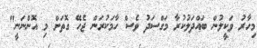
މިހާރު ވަކީލުން ބައްދަލުކުރާ މަގްސަދު ވެސް ހާމަކުރަން ޖެހޭ ގޮތަށް މި އޮންނަނީ"